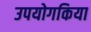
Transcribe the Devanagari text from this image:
उपयोगकिया